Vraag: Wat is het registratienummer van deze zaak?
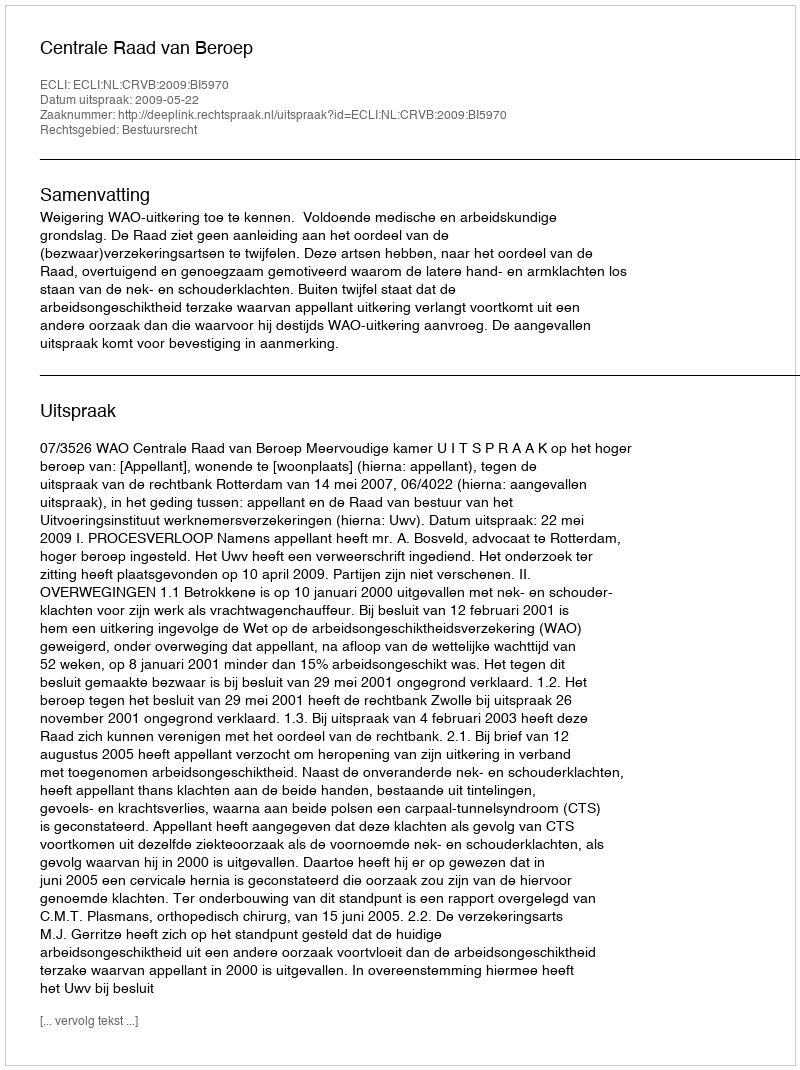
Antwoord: http://deeplink.rechtspraak.nl/uitspraak?id=ECLI:NL:CRVB:2009:BI5970